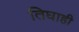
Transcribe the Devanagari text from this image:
तिघाही